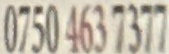
0750 463 7377